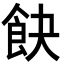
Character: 𩚟